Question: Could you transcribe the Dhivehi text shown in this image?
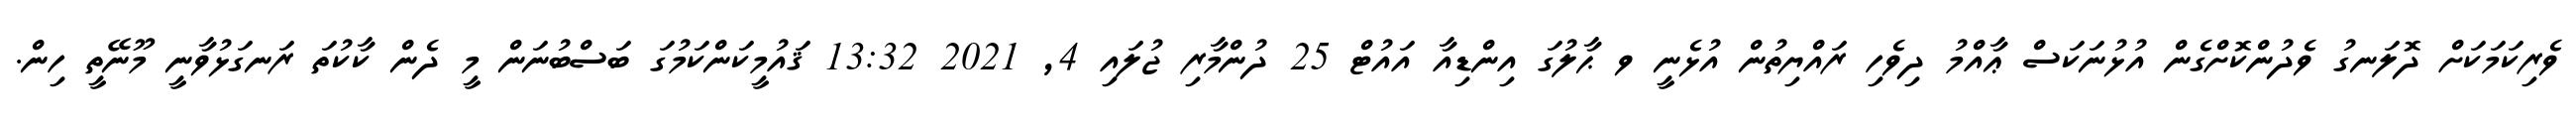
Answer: ވެރިކަމަކަށް ދޮލަނގު ވެދުންކޮށްގެން އުޅުނަކަސް ޢާއްމު ދިވެހި ރައްޔިތުން އުޅެނީ ވ ޙާލުގަ އިންޑިއާ އައުޓް 25 ދުންމާރި ޖުލައި 4, 2021 13:32 ޤައުމީކަންކަމުގަ ބަސްބުނަން މީ ދެން ކާކުތަ ރަނގަޅުވާނީ މޫނޭތީ ހިން.